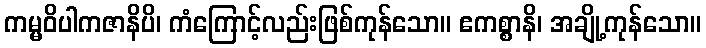
ကမ္မဝိပါကဇာနိပိ၊ ကံကြောင့်လည်းဖြစ်ကုန်သော။ ဧကစ္စာနိ၊ အချို့ကုန်သော။